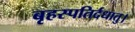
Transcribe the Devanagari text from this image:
बृहस्पतिर्दधातु।